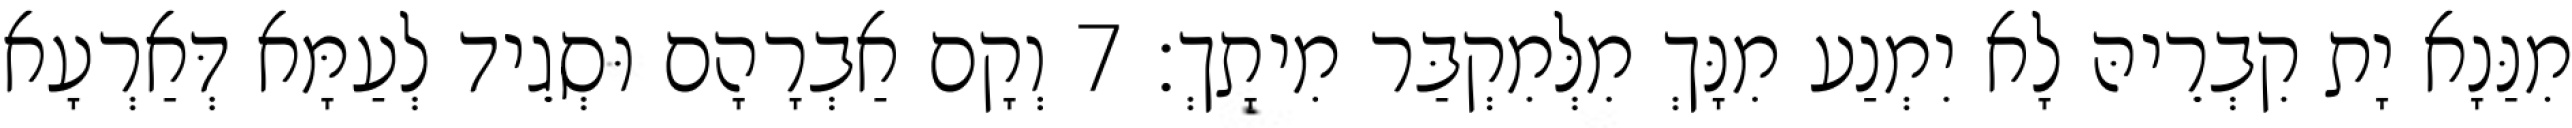
מִנַּנָא יָת קִבְרֵיהּ לָא יִמְנַע מִנָּךְ מִלְּמִקְבַּר מִיתָךְ׃ 7 וְקָם אַבְרָהָם וּסְגֵיד לְעַמָּא דְּאַרְעָא